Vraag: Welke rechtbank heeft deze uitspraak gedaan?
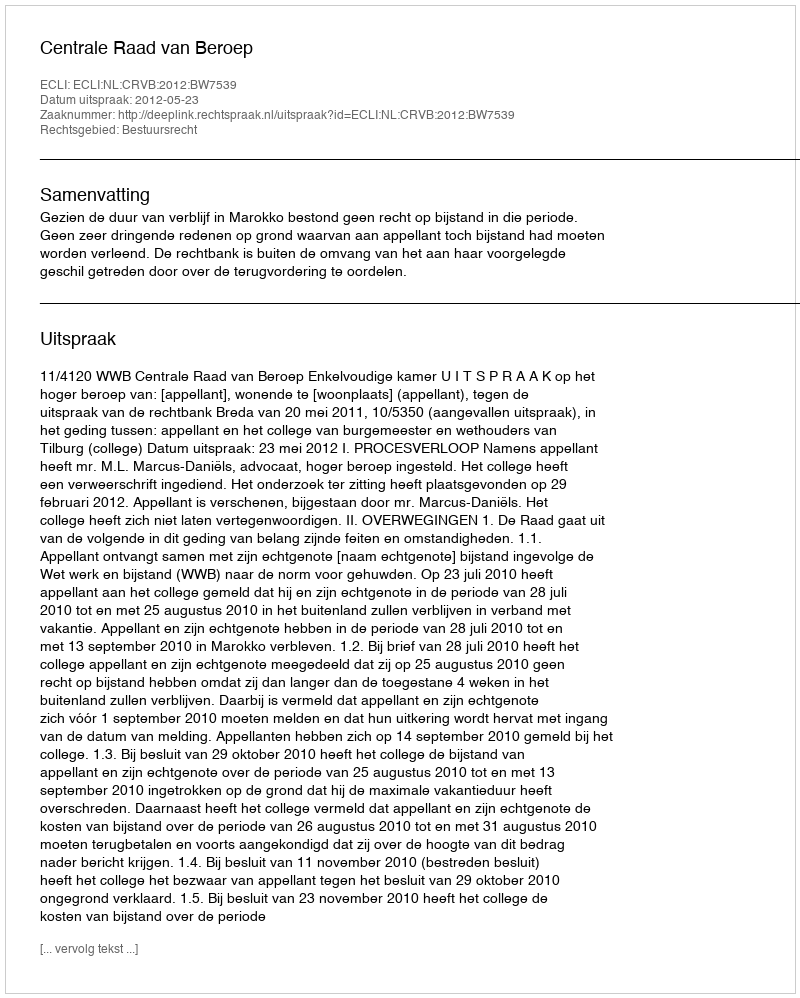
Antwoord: Centrale Raad van Beroep